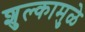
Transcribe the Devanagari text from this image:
शुल्कामुळे